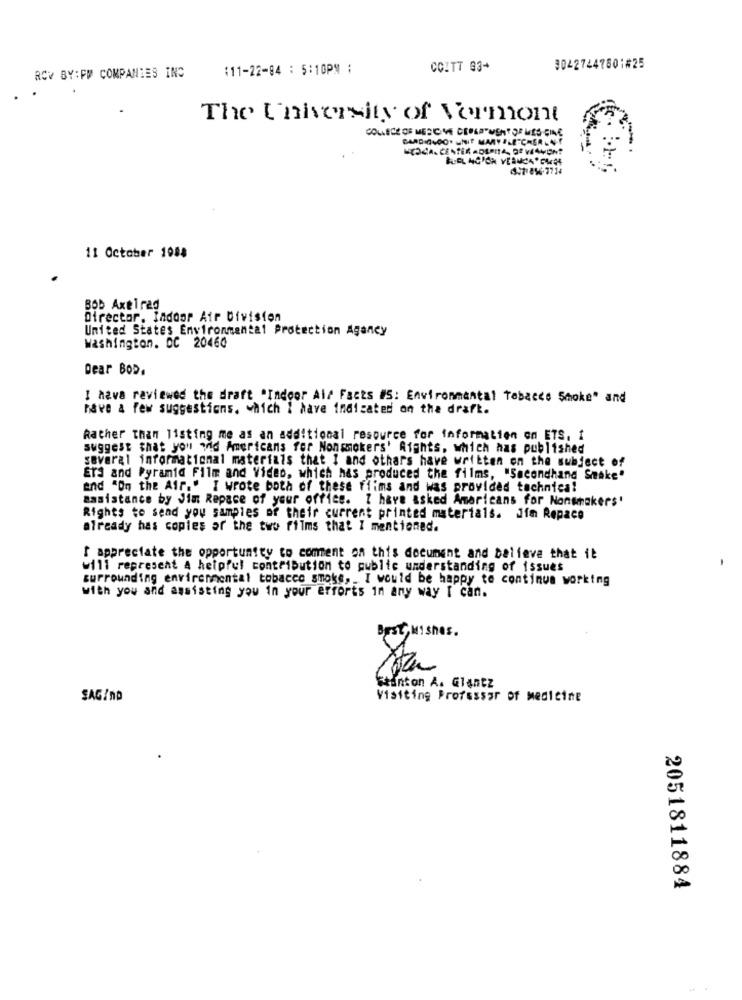
RCV BY:FW COMPANIES INC
111-22-84 : 5:10PM ;
CCITT 03+
00427447801#25
The University of Vermont
COLLEGE OF MESOME CEPLAYUSHTORIES GINE
HCOCA- CENTER HOSPITA, DE WIAVON?
457-856-7714
11 October 1088
Bob Axelrad
Director. Indoor Air Division
United States Environmental Protection Agancy
Washington, DC 20460
Dear Bop.
I have reviewed the draft "Indoor Air Facts US: Environmental Tabacco Smoke" and
have a few suggestions. which I have indicated on the draft.
Rather than listing me as an additional resource for information on ETS, I
suggest that you wid Americans fer Nonsmokers' Rights, which has published
several informational materials that 1 and others have written on the subject of
Era and Pyramid Film and Video, which has produced the films, "Secondhand Smake"
and "On the Air." I wrote both of these flims and was provided technica!
Basistance by Jim Repace of your office. I have asked Americans for Nonshakers'
Rights to send you samples of their current printed materials. Jim Repace
already has copies of the two films that I mentioned.
I appreciate the opportunity to comment on this document and believe that il
will represent A helpful contribution to public understanding of issues
surrounding environmental tobacco smoke, . I would be happy to continue working
with you and assisting you in your efforts in any way I can.
Best Wishes.
Stanton A. Glantz
SAG/no
Visiting Professor of Medicine
2051811884